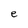
Character: e